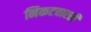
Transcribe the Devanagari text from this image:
निकटवारती